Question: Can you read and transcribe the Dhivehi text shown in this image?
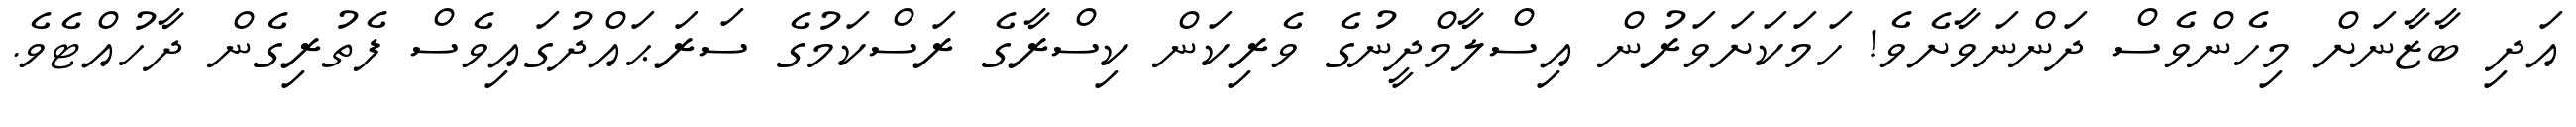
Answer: އަދި ބާޒާނަށް މިހެންވެސް ދަންނަވާށެވެ! ހަމަކަށަވަރުން އިސްލާމްދީނުގެ ވެރިކަން ކިސްރާގެ ރަސްކަމުގެ ސަރަޙައްދުގައިވެސް ފެތުރިގެން ދާހުއްޓެވެ.